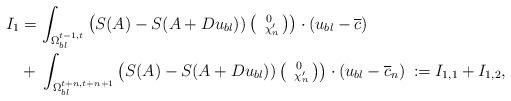
LaTeX: \begin{align*} I_1 & = \int_{\Omega_{bl}^{t-1,t}} \left(S(A) - S(A+D u_{bl})) \left( \begin{smallmatrix} 0 \\ \chi'_n \end{smallmatrix} \right) \right) \cdot (u_{bl} - \overline{c}) \\ & + \: \int_{\Omega_{bl}^{t+n,t+n+1}} \left(S(A) - S(A+D u_{bl})) \left( \begin{smallmatrix} 0 \\ \chi'_n \end{smallmatrix} \right) \right) \cdot (u_{bl} - \overline{c}_n) \: := I_{1,1} + I_{1,2} , \end{align*}